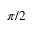
\pi / 2